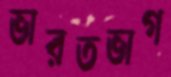
ভারতভাগ